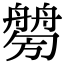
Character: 𦪤